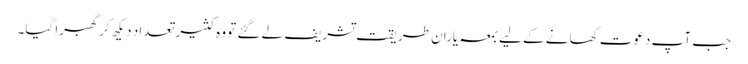
جب آپ دعوت کھانے کے لیے بمعہ یارانِ طریقت تشریف لے گئے تو وہ کثیر تعداد دیکھ کر گھبرا گیا۔